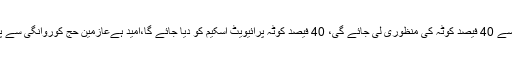
نور الحق قادری کا کہنا تھا آج کابینہ سے 40 فیصد کوٹہ کی منظوری لی جائے گی، 40 فیصد کوٹہ پرائیویٹ اسکیم کو دیا جائے گا،امید ہےعازمین حج کوروانگی سے پہلے اچھی خاصی رقم واپس ملے گی۔